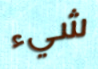
شيء